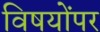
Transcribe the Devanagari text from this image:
विषयोंपर